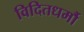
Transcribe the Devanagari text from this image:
विदितधर्मौ